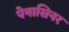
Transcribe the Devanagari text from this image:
पेनासिनर